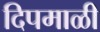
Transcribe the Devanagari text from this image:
दिपमाळी